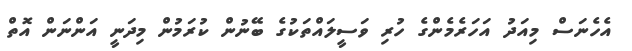
އެހެނަސް މިއަދު އަހަރެމެންގެ ހުރި ވަސީލައްތަކުގެ ބޭނުން ކުރަމުން މިދަނީ އަންނަން އޮތް